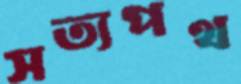
সত্যপথ